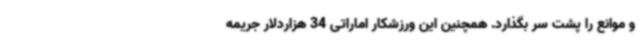
و موانع را پشت سر بگذارد. همچنین این ورزشکار اماراتی 34 هزاردلار جریمه